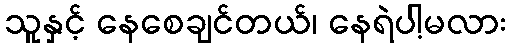
သူနှင့် နေစေချင်တယ်၊ နေရဲပါ့မလား